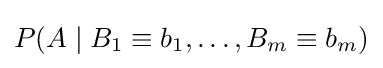
P(A\mid B_{1}\equiv b_{1},\ldots ,B_{m}\equiv b_{m})